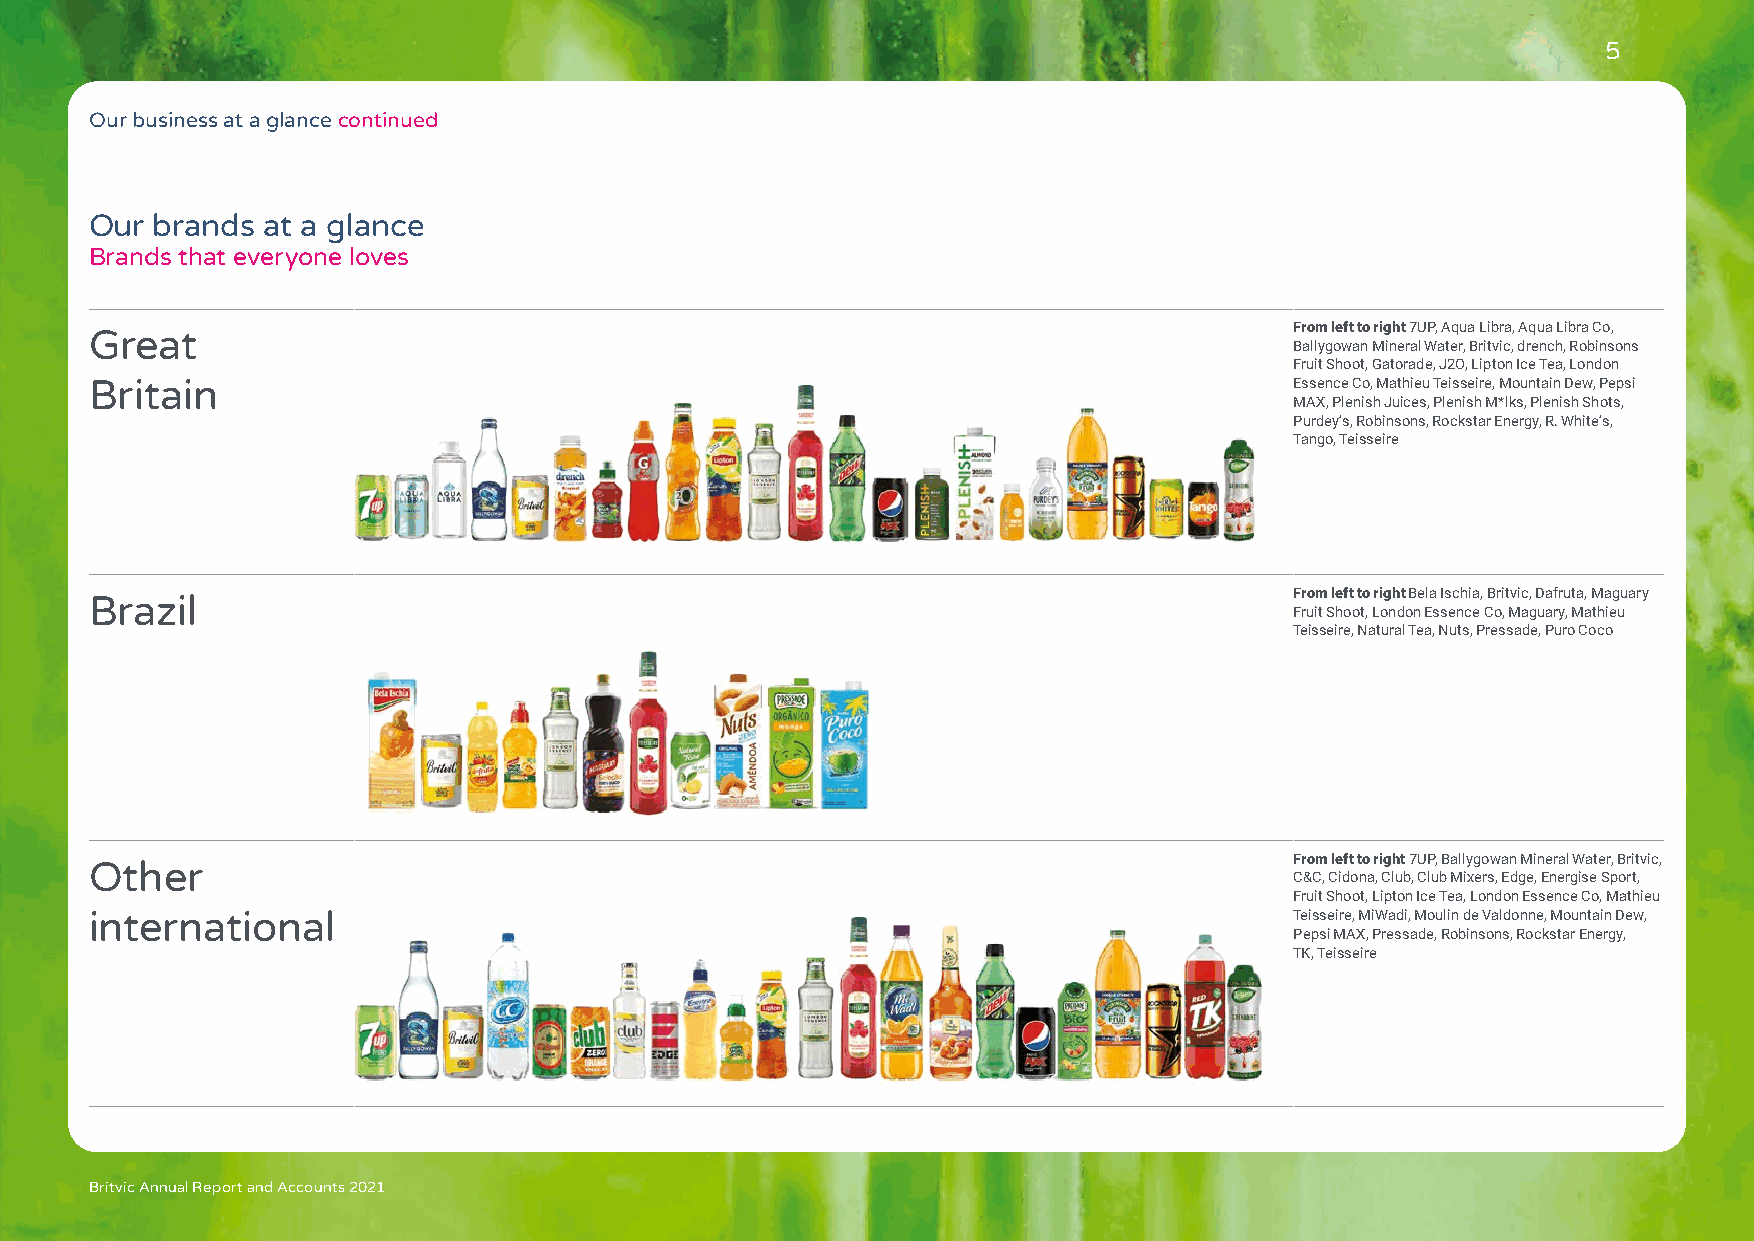
5
 Our business at a glance continued
 Our brands at a glance
 Brands that everyone loves
 From left to right 7UP, Aqua Libra, Aqua Libra Co,
 Great
 Ballygowan Mineral Water, Britvic, drench, Robinsons
 Fruit Shoot, Gatorade, J2O, Lipton Ice Tea, London
 Britain                                                                         Essence Co, Mathieu Teisseire, Mountain Dew, Pepsi
 MAX, Plenish Juices, Plenish M*lks, Plenish Shots,
 Purdey’s, Robinsons, Rockstar Energy, R. White’s,
 Tango, Teisseire
 From left to right Bela Ischia, Britvic, Dafruta, Maguary
 Brazil
 Fruit Shoot, London Essence Co, Maguary, Mathieu
 Teisseire, Natural Tea, Nuts, Pressade, Puro Coco
 From left to right 7UP, Ballygowan Mineral Water, Britvic,
 Other
 C&C, Cidona, Club, Club Mixers, Edge, Energise Sport,
 Fruit Shoot, Lipton Ice Tea, London Essence Co, Mathieu
 international                                                                   Teisseire, MiWadi, Moulin de Valdonne, Mountain Dew,
 Pepsi MAX, Pressade, Robinsons, Rockstar Energy,
 TK, Teisseire
 Britvic Annual Report and Accounts 2021